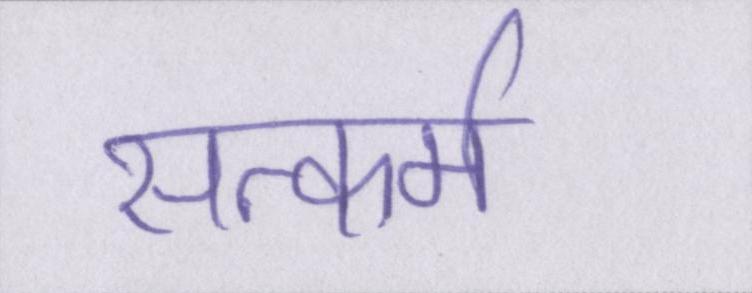
सत्कर्म